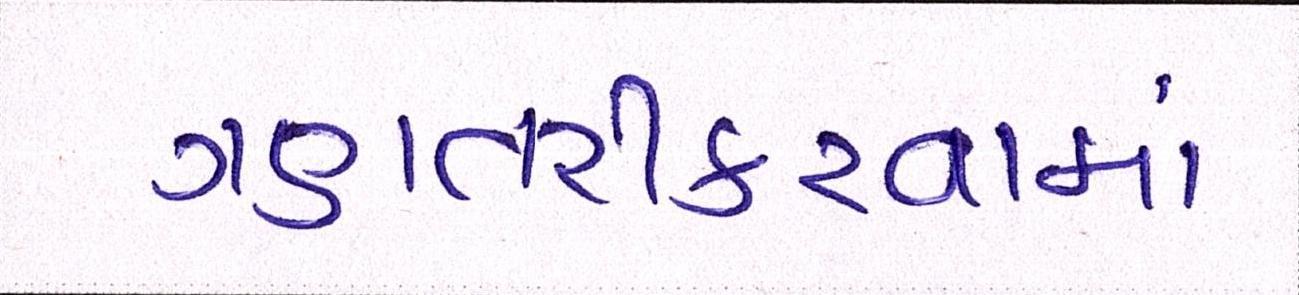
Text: ગણતરીકરવામાં